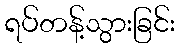
ရပ်တန့်သွားခြင်း